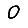
Digit: 0